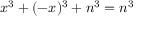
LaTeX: x ^ { 3 } + ( - x ) ^ { 3 } + n ^ { 3 } = n ^ { 3 }